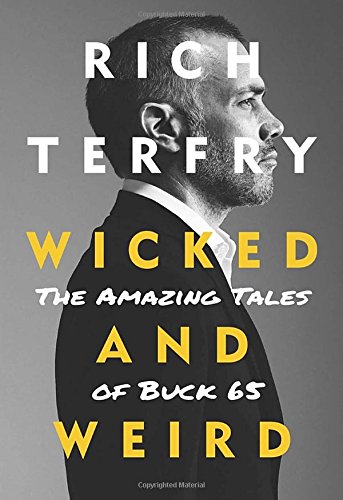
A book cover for Wicked and Weird: The Amazing Tales of Buck 65; Rich Terfry; Humor & Entertainment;